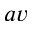
_ { a v }